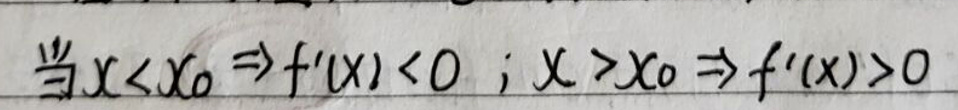
当\(x < x_0 \Rightarrow f'(x) < 0\)；\(x > x_0 \Rightarrow f'(x) > 0\)